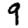
Digit: 9